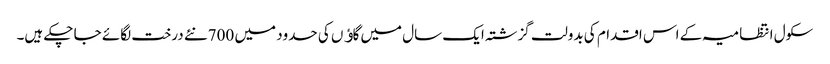
سکول انتظامیہ کے اس اقدام کی بدولت گزشتہ ایک سال میں گاﺅں کی حدود میں 700نئے درخت لگائے جا چکے ہیں۔